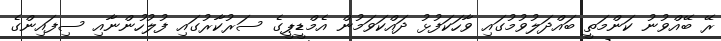
ރޭ ބޭއްވުނު ކަންމަތީ ބައްދަލުވުމުގައި ވާހަކަފުޅު ދައްކަވަމުން އެމްޑީޕީގެ ސަރުކާރުގައި ފުލުހުންނާއި ސިފައިންގެ